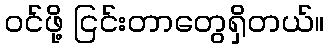
ဝင်ဖို့ ငြင်းတာတွေရှိတယ်။